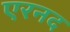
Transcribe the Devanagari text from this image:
एरनद